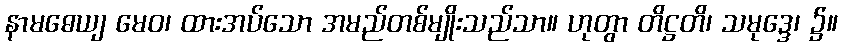
နာမဓေယျ မေဝ၊ ထားအပ်သော အမည်တစ်မျိုးသည်သာ။ ဟုတွာ တိဋ္ဌတိ၊ သမုဒ္ဒေ၊ ၌။